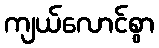
ကျယ်လောင်စွာ